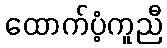
ထောက်ပံ့ကူညီ